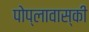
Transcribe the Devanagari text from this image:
पोप्लावास्की